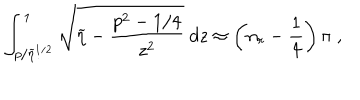
LaTeX: \int _ { p / \widetilde { \eta } ^ { 1 / 2 } } ^ { 1 } \sqrt { \widetilde { \eta } - \frac { p ^ { 2 } - 1 / 4 } { z ^ { 2 } } } \; d z \approx \left( n _ { r } - \frac { 1 } { 4 } \right) \pi \; ,